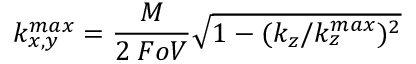
k _ { x , y } ^ { m a x } = \frac { M } { 2 \: F o V } \sqrt { 1 - ( k _ { z } / k _ { z } ^ { m a x } ) ^ { 2 } }